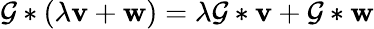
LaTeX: \mathcal{G}*(\lambda\mathbf{{v}}+\mathbf{{w}})=\lambda\mathcal{G}*\mathbf{{v}}+\mathcal{G}*\mathbf{{w}}